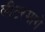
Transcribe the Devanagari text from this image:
लीटरमागे